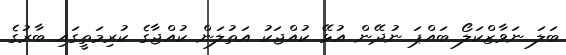
ބަލަ ނަވާޒްކަލޯ ބައްޕަ ނުދޭން އުޅޭ ކުއްޖަކު އަތުލަން ކުއްޖާގެ ކުރިމަތީގައި ބާރުގެ